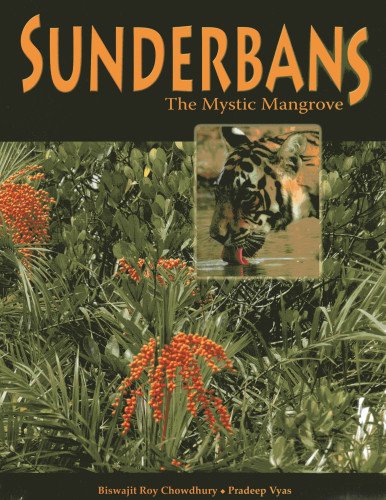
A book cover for Sunderbans: The Mystic Mangrove; Biswajit Roy Chowdhury; Travel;